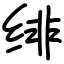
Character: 绯